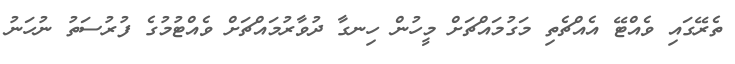
ތެރޭގައި ވެއްޓޭ އެއްޗެތި މަގުމައްޗަށް މީހުން ހިނގާ ދުވާރުމައްޗަށް ވެއްޓުމުގެ ފުރުސަތު ނުހަނު